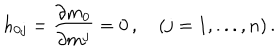
LaTeX: h _ { 0 j } = \frac { \partial m _ { 0 } } { \partial m ^ { j } } = 0 \, , \quad ( j = 1 , . . . , n ) \, .